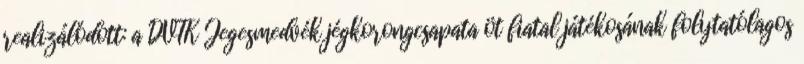
realizálódott: a DVTK Jegesmedvék jégkorongcsapata öt fiatal játékosának folytatólagos